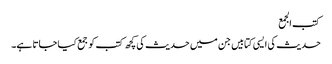
کتب الجمع
حدیث کی ایسی کتابیں جن میں حدیث کی کچھ کتب کو جمع کیا جاتا ہے۔